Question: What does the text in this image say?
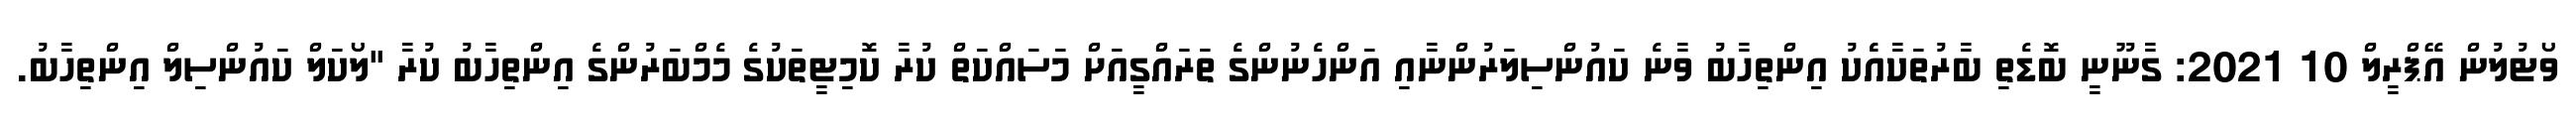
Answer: ވޯޓުލުން އޭޕްރީލް 10 2021: ގާނޫނީ ބޮޑެތި ބާރުތަކާއެެކު އިންތިހާބު ވާނެ ކައުންސިލަރުންނާއި އަންހެނުންގެ ތަރައްގީއަށް މަސައްކަތް ކުރާ ކޮމިޓީތަކުގެ މެމްބަރުންގެ އިންތިހާބު ކުރާ "ލޯކަލް ކައުންސިލް އިންތިހާބު.